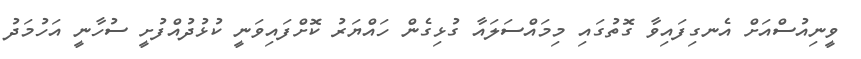
ވީނިއުސްއަށް އެނގިފައިވާ ގޮތުގައި މިމައްސަލައާ ގުޅިގެން ހައްޔަރު ކޮށްފައިވަނީ ކުޅުދުއްފުށީ ސުހާނީ އަހުމަދު